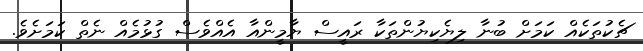
ޗެކުތަކެއް ކަމަށް ބުނާ ލިޔެކިޔުންތަކާ ރައީސް ޔާމީންއާ އެއްވެސް ގުޅުމެއް ނެތް ކަމަށެވެ.